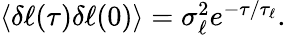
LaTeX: \begin{array}{r}{\langle\delta\ell(\tau)\delta\ell(0)\rangle=\sigma_{\ell}^{2}e^{-\tau/\tau_{\ell}}.}\end{array}